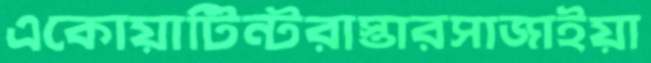
একোয়াটিন্টরাস্তারসাজাইয়া